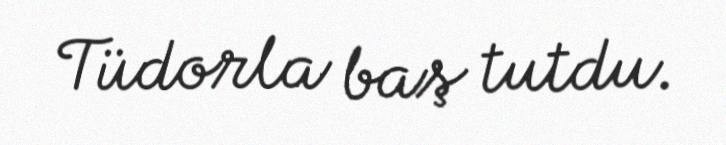
Tüdorla baş tutdu.